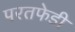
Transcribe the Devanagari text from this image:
परतफेडी